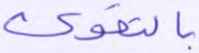
بالتقوى